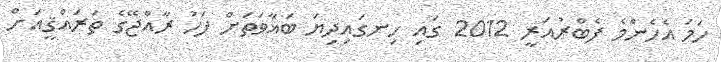
ހަމަ އެހެންމެ ފެބްރުއަރީ 2012 ގައި ހިނގައިދިޔަ ބަޣާވަތަށް ފަހު ރާއްޖޭގެ ތަރައްޤީއަށް